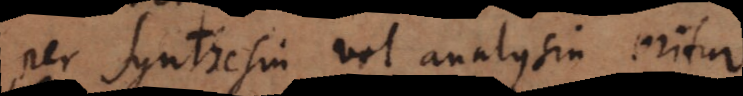
per synthesin vel analysin oritur.